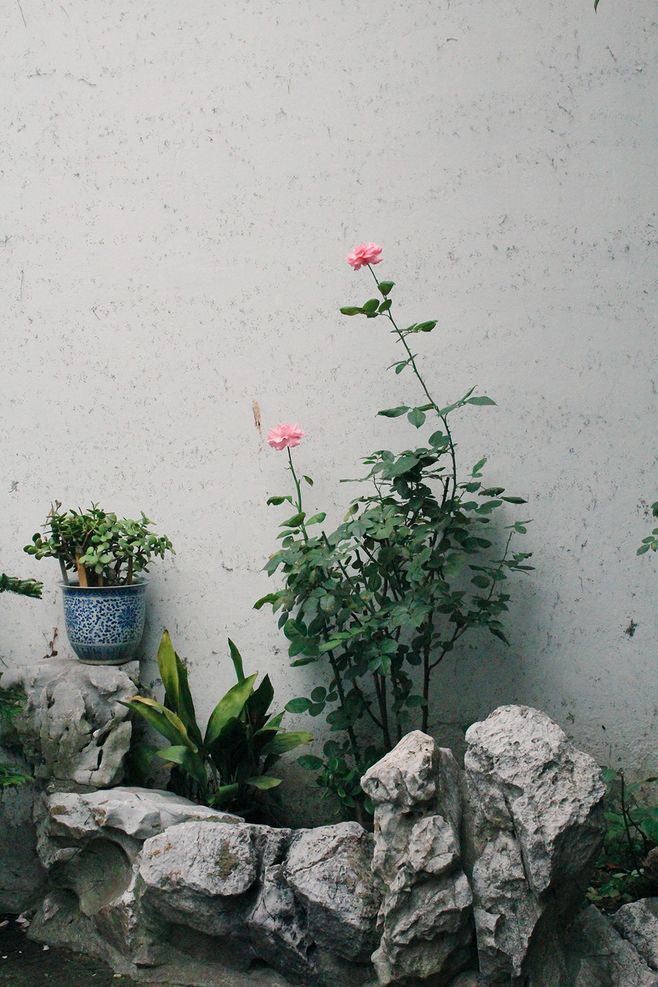
风回小院庭芜绿，柳眼春相续。